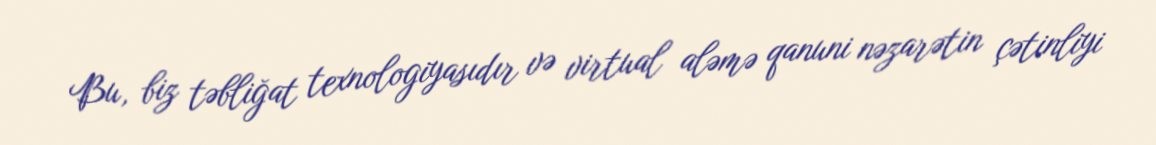
Bu, biz təbliğat texnologiyasıdır və virtual aləmə qanuni nəzarətin çətinliyi